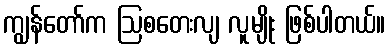
ကျွန်တော်က ဩစတေးလျ လူမျိုး ဖြစ်ပါတယ်။